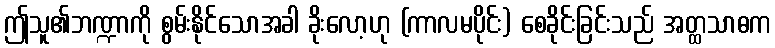
ဤသူ၏ဘဏ္ဍာကို စွမ်းနိုင်သောအခါ ခိုးလော့ဟု (ကာလမပိုင်း) စေခိုင်းခြင်းသည် အတ္ထသာဓက